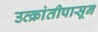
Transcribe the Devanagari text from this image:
उत्क्रांतीपासून